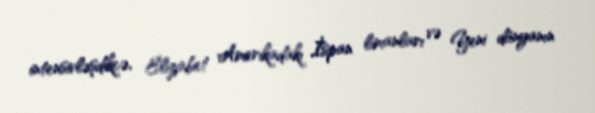
intensivləşdikcə, Elizabet Amerikadakı İspan limanları və Yeni dünyanın